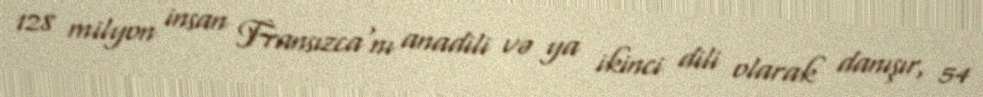
128 milyon insan Fransızca'nı anadili və ya ikinci dili olarak danışır, 54